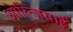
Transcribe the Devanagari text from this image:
ओल्जियाई